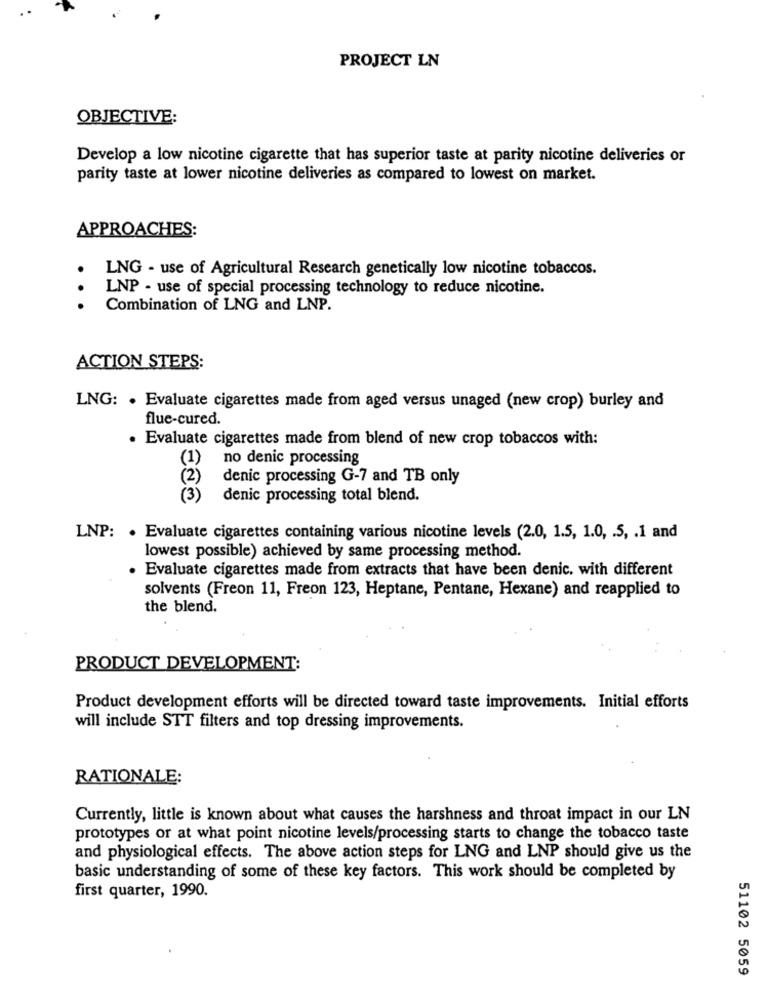
PROJECT LN
OBJECTIVE:
Develop a low nicotine cigarette that has superior taste at parity nicotine deliveries or
parity taste at lower nicotine deliveries as compared to lowest on market.
APPROACHES:
LNG - use of Agricultural Research genetically low nicotine tobaccos.
LNP - use of special processing technology to reduce nicotine.
Combination of LNG and LNP.
ACTION STEPS:
LNG: . Evaluate cigarettes made from aged versus unaged (new crop) burley and
flue-cured.
Evaluate cigarettes made from blend of new crop tobaccos with:
(1)
no denic processing
(2)
denic processing G-7 and TB only
(3)
denic processing total blend.
LNP: . Evaluate cigarettes containing various nicotine levels (2.0, 1.5, 1.0, . 5, . 1 and
lowest possible) achieved by same processing method.
Evaluate cigarettes made from extracts that have been denic. with different
solvents (Freon 11, Freon 123, Heptane, Pentane, Hexane) and reapplied to
the blend.
PRODUCT DEVELOPMENT:
Product development efforts will be directed toward taste improvements. Initial efforts
will include STT filters and top dressing improvements.
RATIONALE:
Currently, little is known about what causes the harshness and throat impact in our LN
prototypes or at what point nicotine levels/processing starts to change the tobacco taste
and physiological effects. The above action steps for LNG and LNP should give us the
basic understanding of some of these key factors. This work should be completed by
first quarter, 1990.
51102 5059